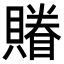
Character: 𧷬